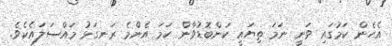
އެހެން ކަމުގައި ވަނީ ނަމަ ތިޔައީ ކަންބޮޑުވާން ހަމަ އެންމެ ރަނގަޅު މައްސަލައެކެވެ.